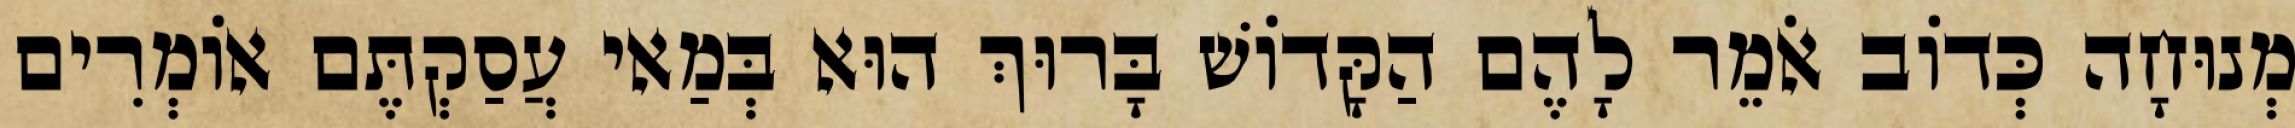
מְנוּחָה כְּדוֹב אֹמֵר לָהֶם הַקָּדוֹשׁ בָּרוּךְ הוּא בְּמַאי עֲסַקְתֶּם אוֹמְרִים